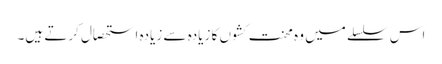
اس سلسلے میں وہ محنت کشوں کا زیادہ سے زیادہ استحصال کرتے ہیں۔